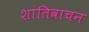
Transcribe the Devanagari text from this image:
शांतिवाचन